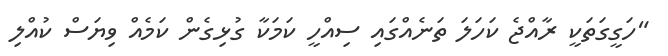
"ހަގީގަތަކީ ރާއްޖެ ކަހަލަ ތަނެއްގައި ސިއްހީ ކަމަކާ ގުޅިގެން ކަމެއް ވިޔަސް ކުއްލި